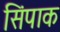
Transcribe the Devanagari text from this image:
सिंपाक